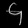
Digit: ၄